Civil Veterinary Dept. Assam report 1927-50 - 1927-1950
Year: 1927
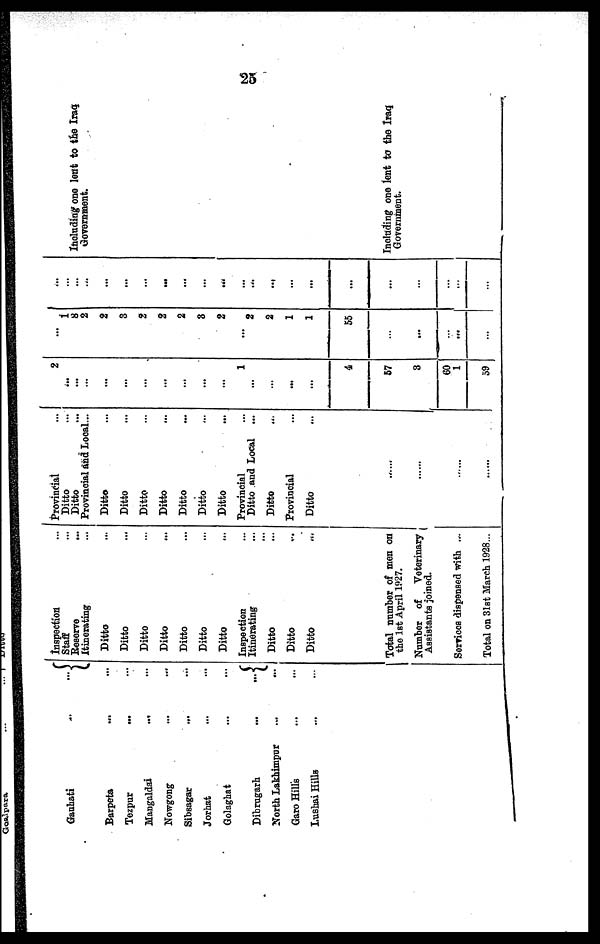
25
Gauhati
..
...
Barpeta
...
...
Tezpur ... ...
Mangaldai
...
...
Nowgong ... ...
Sibsagar
...
...
Jorhat ... ...
Golaghat ... ...
Dibrugarh
...
...
North Lakhimpur
...
...
Garo Hill's ... ...
Lushai Hills ... ...
Inspection ...
Staff ...
Reserve ...
Itinerating
...
Ditto ...
Ditto...
Ditto ...
Ditto ...
Ditto ...
Ditto ...
Ditto ...
Inspection ...
Itinerating ...
Ditto
...
...
Ditto ...
Ditto ...
Total number of men on
the 1st April 1927.
Number of
Veterinary
Assistants joined.
Services dispensed with ...
Total on 31st March 1928...
Provincial ...
Ditto
Ditto
Provincial and Local...
Ditto
Ditto
Ditto
Ditto
Ditto
Ditto
Ditto
Provincial
Ditto and Local
Ditto
Provincial
Ditto
......
......
2
...
...
...
...
...
...
...
...
...
...
1
...
...
...
...
4
57
3
60
1
59
...
1
8
2
2
3
2
2
2
3
2
...
2
2
1
1
55
...
...
...
...
...
...
...
...
...
...
...
...
...
...
...
...
...
...
...
...
...
...
...
...
...
...
...
Including one lent to the Iraq
Government.
Including one lent to the Iraq
Government.